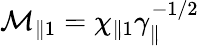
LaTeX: \mathcal{M}_{\parallel 1}=\chi_{\parallel 1}\gamma_{\parallel}^{-1/2}